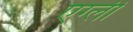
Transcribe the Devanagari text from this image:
एग्ली